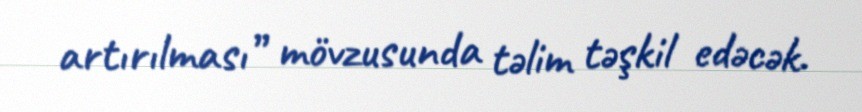
artırılması” mövzusunda təlim təşkil edəcək.